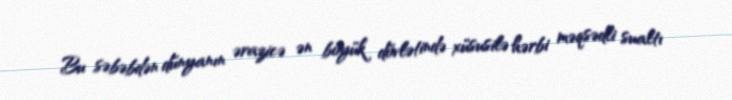
Bu səbəbdən dünyanın ərazicə ən böyük dövlətində xüsusilə hərbi məqsədli sualtı